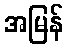
အမြန်